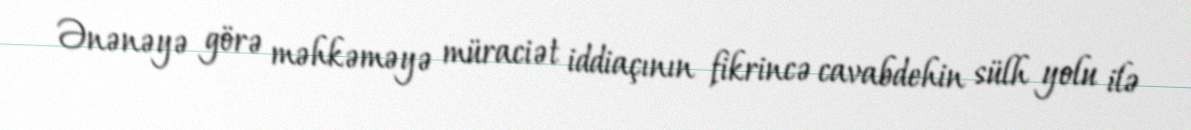
Ənənəyə görə məhkəməyə müraciət iddiaçının fikrincə cavabdehin sülh yolu ilə